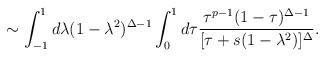
LaTeX: \begin{align*}\sim\int_{-1}^{1}d\lambda (1-\lambda^{2})^{\Delta-1}\int_{0}^{1}d\tau\frac{\tau^{p-1}(1-\tau)^{\Delta-1}}{[\tau+s(1-\lambda^2)]^{\Delta}}.\end{align*}